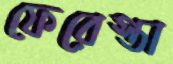
ফেরেস্তা